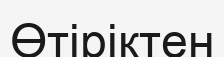
Өтіріктен